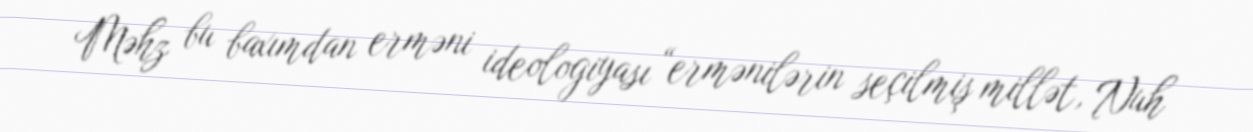
Məhz bu baxımdan erməni ideologiyası “ermənilərin seçilmiş millət, Nuh